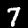
Label: 7